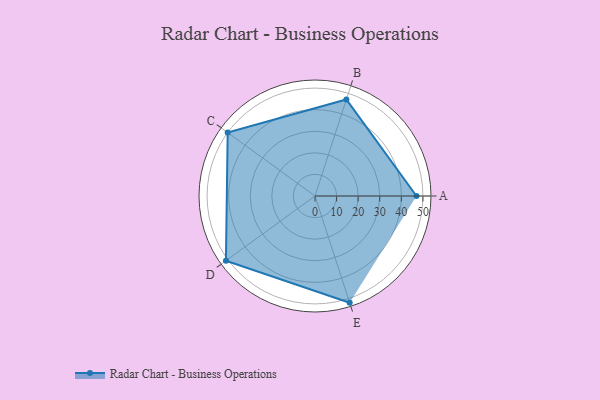
{"axis": {"x": "Skill", "y": "Score"}, "legend": ["Profile"], "data": [{"x": "A", "y": 47.0, "type": "Profile"}, {"x": "B", "y": 47.0, "type": "Profile"}, {"x": "C", "y": 50.0, "type": "Profile"}, {"x": "D", "y": 51.0, "type": "Profile"}, {"x": "E", "y": 52.0, "type": "Profile"}]}